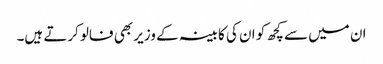
ان میں سے کچھ کو ان کی کابینہ کے وزیر بھی فالو کرتے ہیں۔